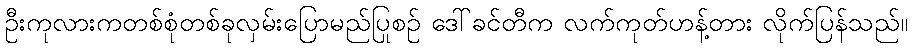
ဦးကုလားကတစ်စုံတစ်ခုလှမ်းပြောမည်ပြုစဉ် ဒေါ်ခင်တီက လက်ကုတ်ဟန့်တား လိုက်ပြန်သည်။